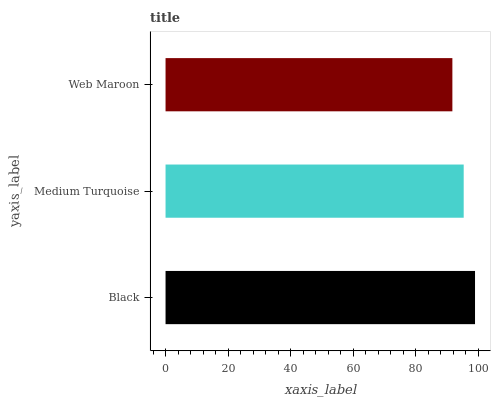
| yaxis_label | bars |
 | --- | --- |
 | Black | 99 |
 | Medium Turquoise | 95.4 |
 | Web Maroon | 91.8 |